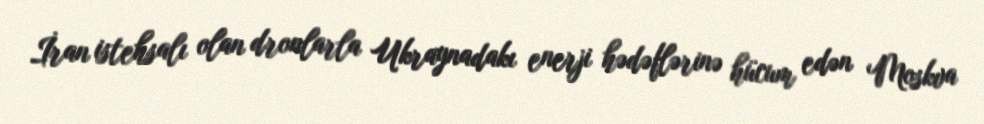
İran istehsalı olan dronlarla Ukraynadakı enerji hədəflərinə hücum edən Moskva